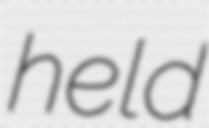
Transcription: held